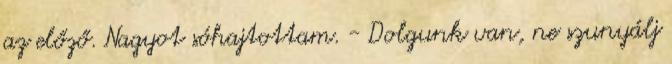
az előző. Nagyot sóhajtottam. - Dolgunk van, ne szunyálj